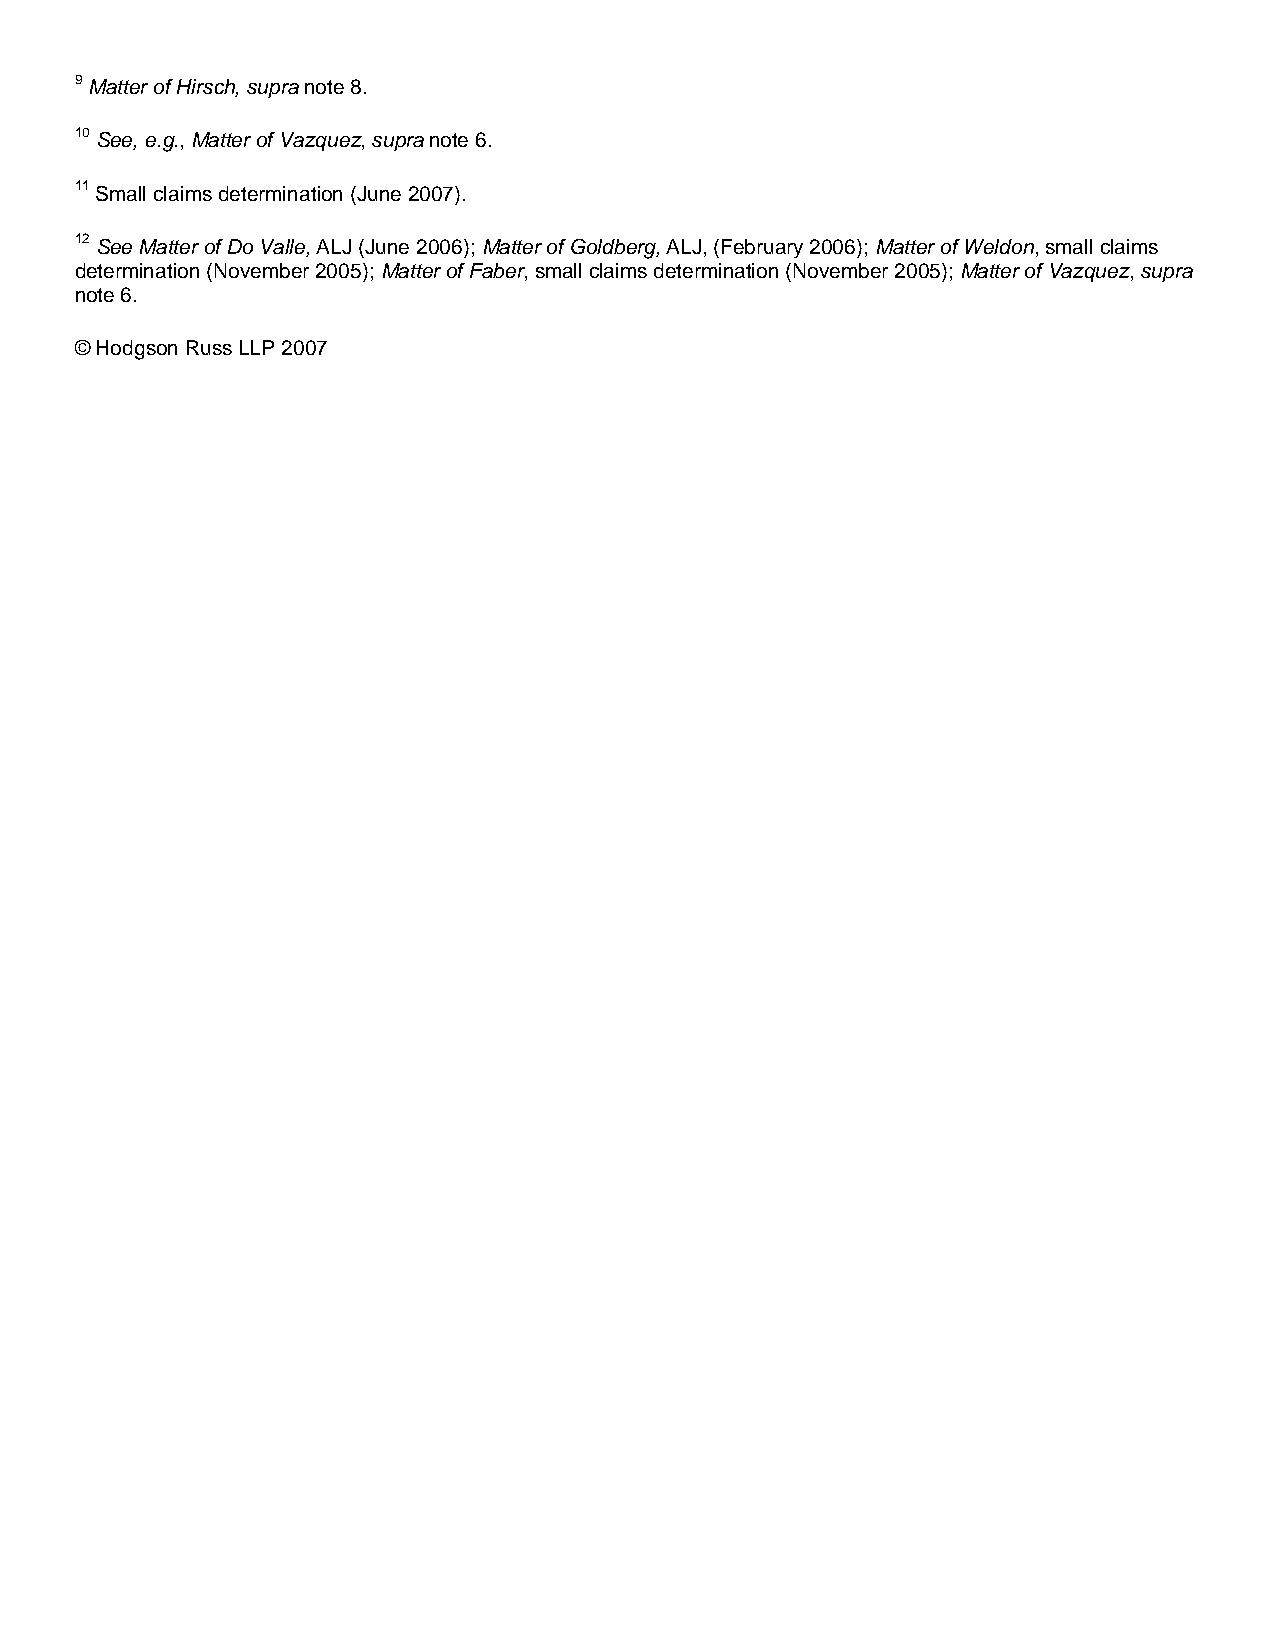
9 Matter of Hirsch, supra note 8.
 10 See, e.g., Matter of Vazquez, supra note 6.
 11 Small claims determination (June 2007).
 12 See Matter of Do Valle, ALJ (June 2006); Matter of Goldberg, ALJ, (February 2006); Matter of Weldon, small claims
 determination (November 2005); Matter of Faber, small claims determination (November 2005); Matter of Vazquez, supra
 note 6.
 © Hodgson Russ LLP 2007